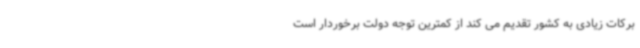
برکات زیادی به کشور تقدیم می کند از کمترین توجه دولت برخوردار است